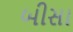
બીસા